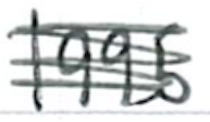
Text: 1995
Cross-out: mix
Writing tool: ballpoint